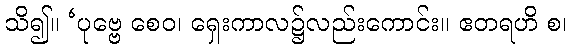
သိ၍။ ‘ပုဗ္ဗေ စေဝ၊ ရှေးကာလ၌လည်းကောင်း။ ဧတရဟိ စ၊